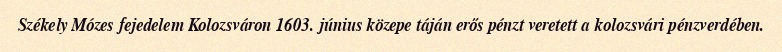
Székely Mózes fejedelem Kolozsváron 1603. június közepe táján erős pénzt veretett a kolozsvári pénzverdében.